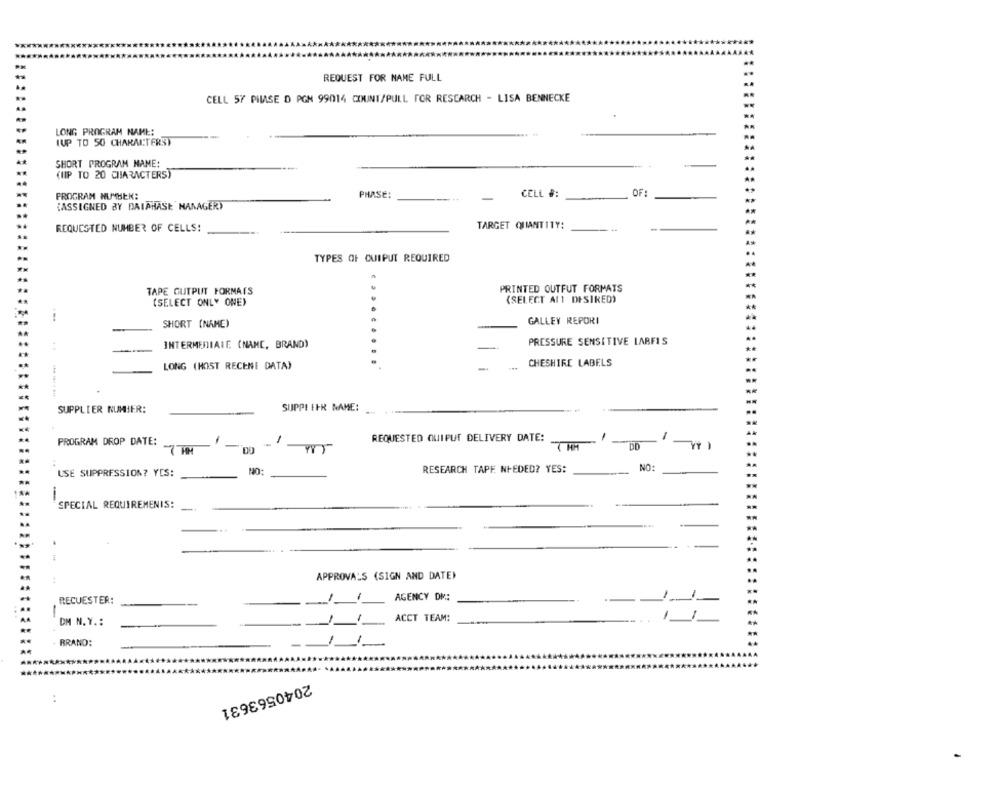
REQUEST FOR NAME FULL
CELL 57 PILAISE D PGN 99014 COUNT/PULL FOR RESEARCH - LISA BENNECKE
LONG PROGRAM NAME:
(UP TO 50 CHARACTERS)
SHORT PROGRAM NAME:
(UP TO 20 CHARACTERS)
PROGRAM NUMBER:
PHASE:
CELL #:
OF:
{ASSIGNED BY DAIAHASE MANAGER)
REQUESTED NUMBER OF CELLS!
TARGET QUANTITY:
TYPES OF QUIPUT REQUIRED
TAPE GUTPUT FORMATS
PRINTED OUTFUT FORMATS
(SELECT ONLY ONE)
(SELECT A11 DESIRED)
SHORT (NAME)
GALLEY REPORI
PRESSURE SENSITIVE LABFIS
..
INTERMEDIATE (NAME, BRAND)
CHESHIRE LABELS
LONG (MOST RECENT DATA)
-
SUPPLIER NUMBER:
SUJPPI EFR NAME:
PROGRAM DROP DATE:
REQUESTED QUIPUT DELIVERY DATE:
DD
NO:
USE SUPPRESSION? YES:
NO:
RESEARCH TAPE NEEDED? YES:
SPECIAL REQUIREMENTS:
-
APPROVALS (SIGN AND DATE)
RECUESTER:
AGENCY DM:
-
ACCT TEAM:
DM N. Y. :
BRAND:
2040563631